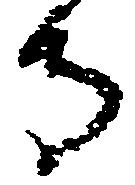
寺